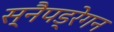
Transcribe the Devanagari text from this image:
स्नैपड्रेगन